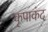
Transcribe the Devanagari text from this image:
कृपाकंद